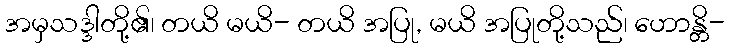
အမှသဒ္ဒါတို့၏၊ တယိ မယိ- တယိ အပြု, မယိ အပြုတို့သည်၊ ဟောန္တိ-